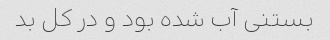
بستنی آب شده بود و در کل بد